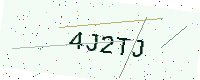
Text: 4J2TJ